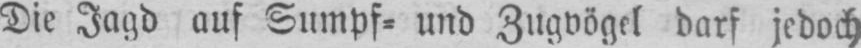
Die Jagd auf Sumpf⸗ und Zugvögel darf jedoch